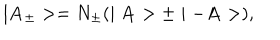
LaTeX: \mid { \bf A _ { \pm } } > = N _ { \pm } ( \mid { \bf A } > \pm \mid - { \bf A } > ) ,